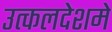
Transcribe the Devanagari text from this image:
उत्कलदेशमे